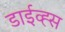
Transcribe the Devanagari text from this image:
डाईव्ह्स